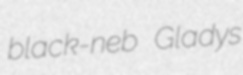
black-neb Gladys